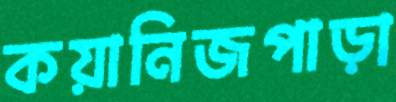
কয়ানিজপাড়া